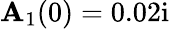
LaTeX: \mathbf{A}_{1}(0)=0.02\mathrm{{i}}